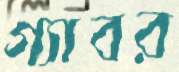
গ্যাবর